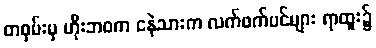
တဝှမ်းမှ ဟိုးဘဝက ငနဲသားက လက်ဖက်ပင်များ ရာထူး၌